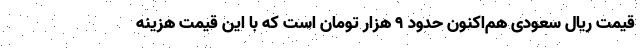
قیمت ریال سعودی هم‌اکنون حدود ۹ هزار تومان است که با این قیمت هزینه